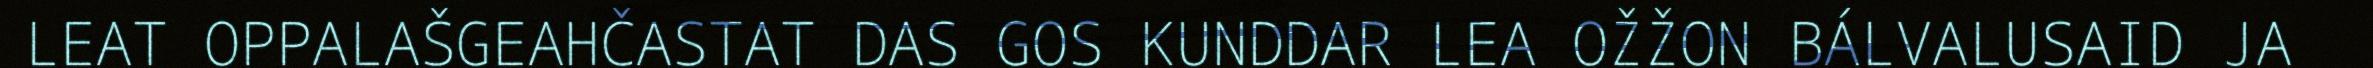
LEAT OPPALAŠGEAHČASTAT DAS GOS KUNDDAR LEA OŽŽON BÁLVALUSAID JA